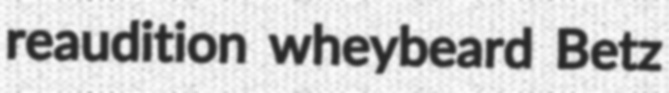
reaudition wheybeard Betz